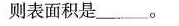
则表面积是______。